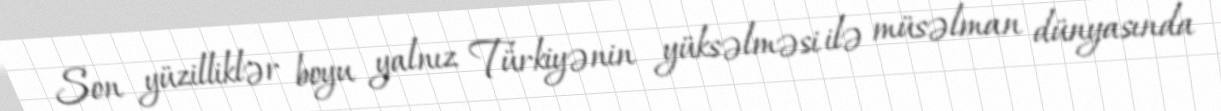
Son yüzilliklər boyu yalnız Türkiyənin yüksəlməsi ilə müsəlman dünyasında